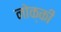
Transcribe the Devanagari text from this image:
नोक्की